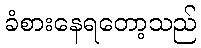
ခံစားနေရတော့သည်